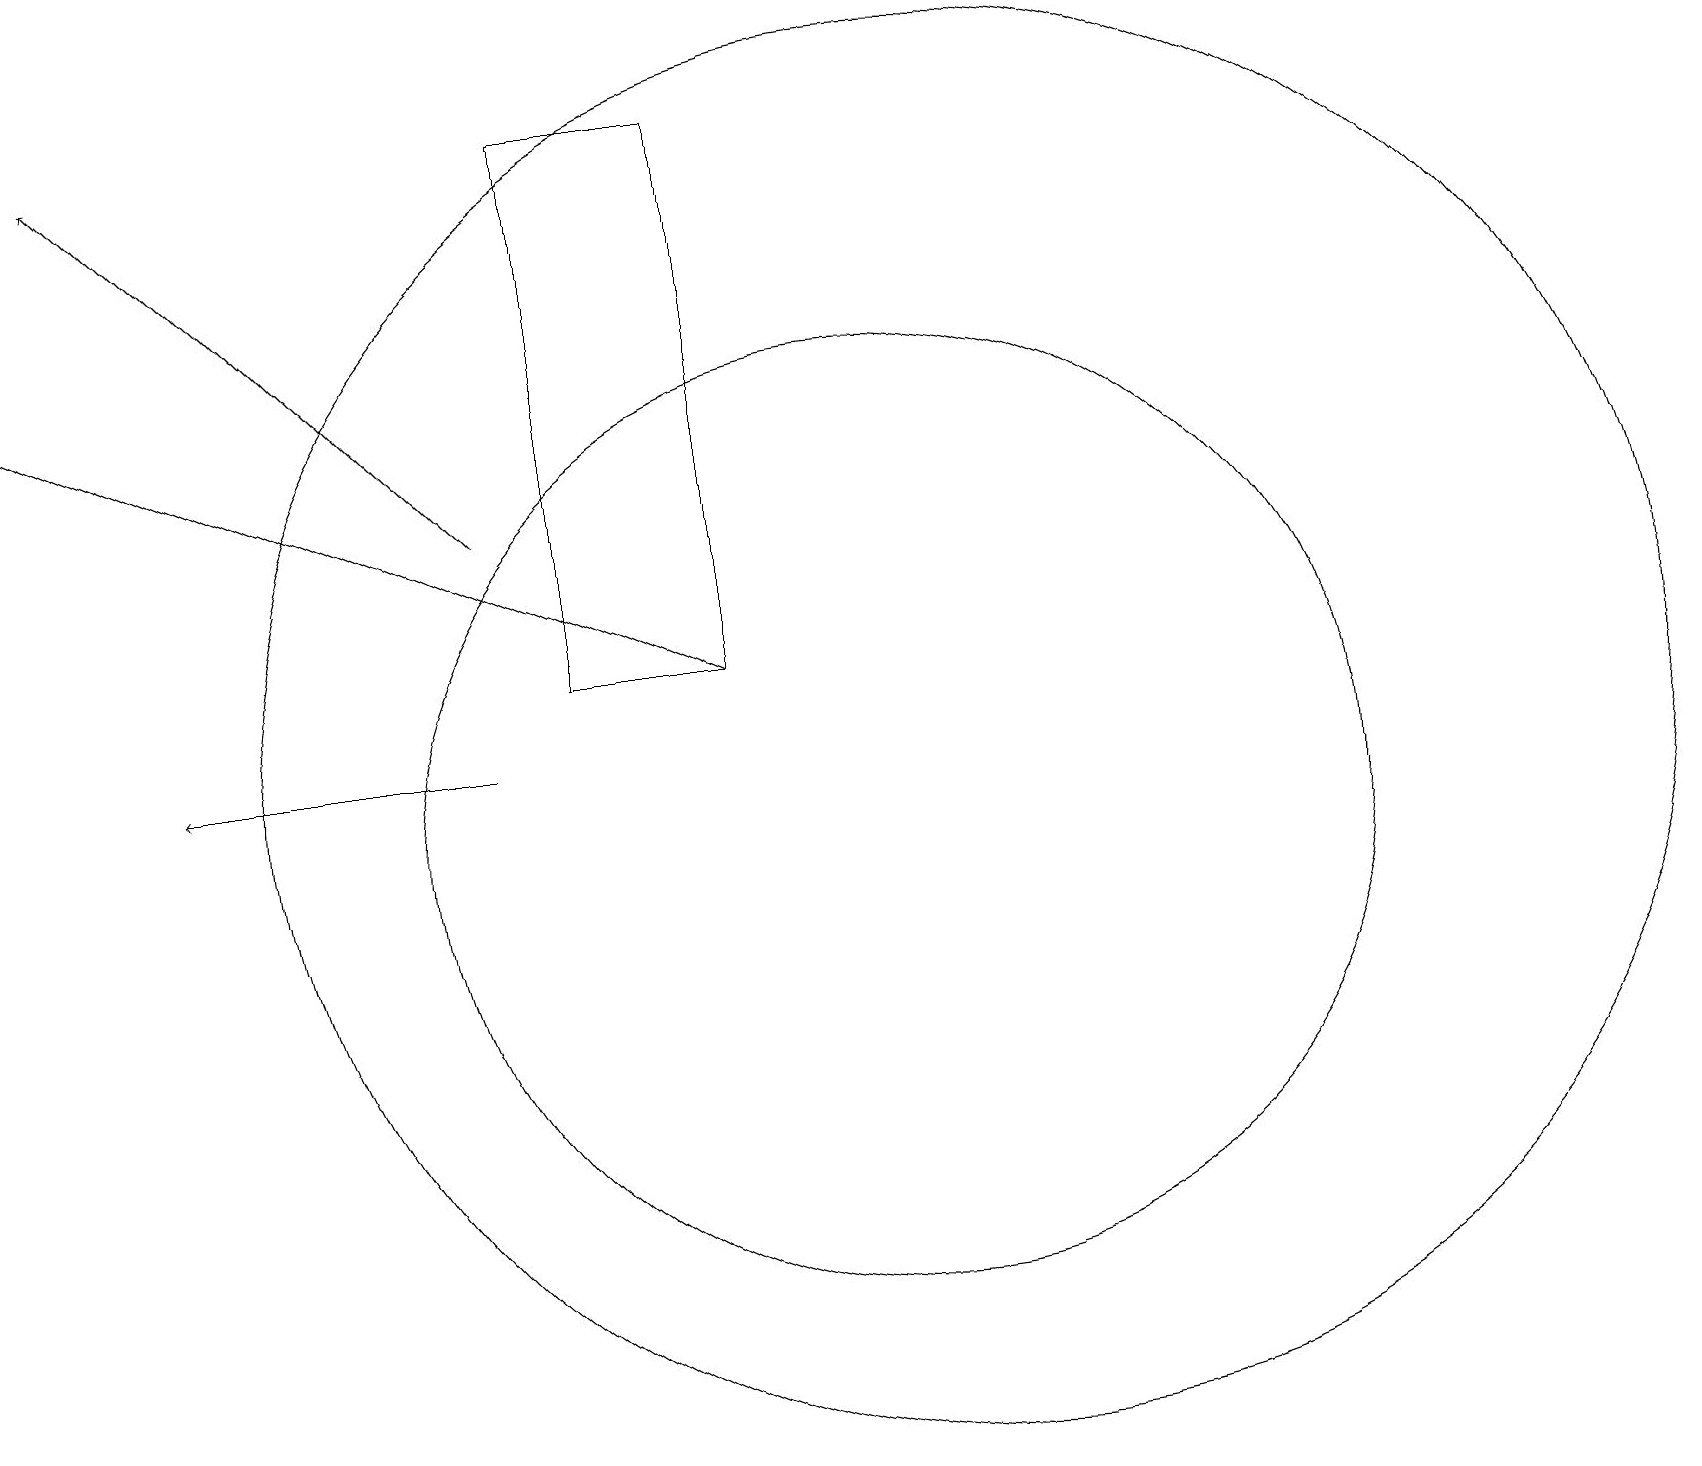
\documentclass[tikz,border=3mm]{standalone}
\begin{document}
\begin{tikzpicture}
\draw[->] (6,11) -- (2,11);
\draw (12,11) circle (9);
\draw[->] (9,12) -- (0,16);
\draw (11,10) circle (6);
\draw (5,11) rectangle (5,11);
\draw (9,19) rectangle (7,12);
\draw[->] (6,14) -- (1,19);
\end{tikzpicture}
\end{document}